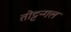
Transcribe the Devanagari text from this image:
तोट्टन्गल